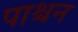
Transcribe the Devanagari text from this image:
पाश्चन